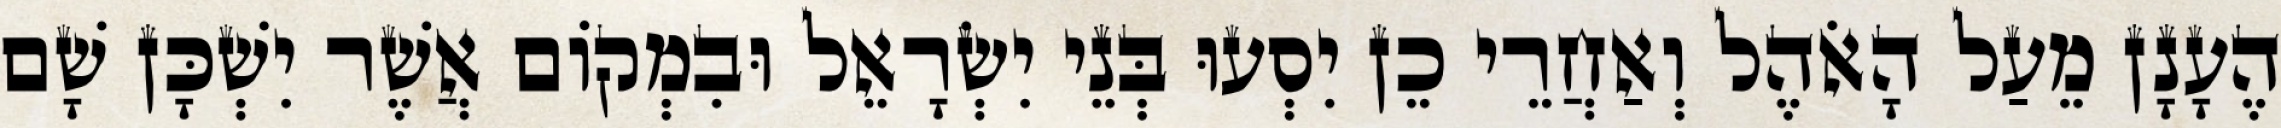
הֶעָנָן מֵעַל הָאֹהֶל וְאַחֲרֵי כֵן יִסְעוּ בְּנֵי יִשְׂרָאֵל וּבִמְקוֹם אֲשֶׁר יִשְׁכָּן שָׁם